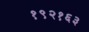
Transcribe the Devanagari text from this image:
१९२१६३